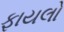
ફાયલો